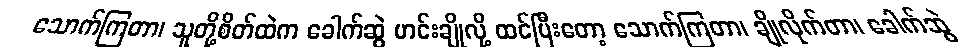
သောက်ကြတာ၊ သူတို့စိတ်ထဲက ခေါက်ဆွဲ ဟင်းချိုလို့ ထင်ပြီးတော့ သောက်ကြတာ၊ ချိုလိုက်တာ၊ ခေါက်ဆွဲ